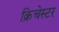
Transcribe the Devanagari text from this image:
क्रिचेस्टर